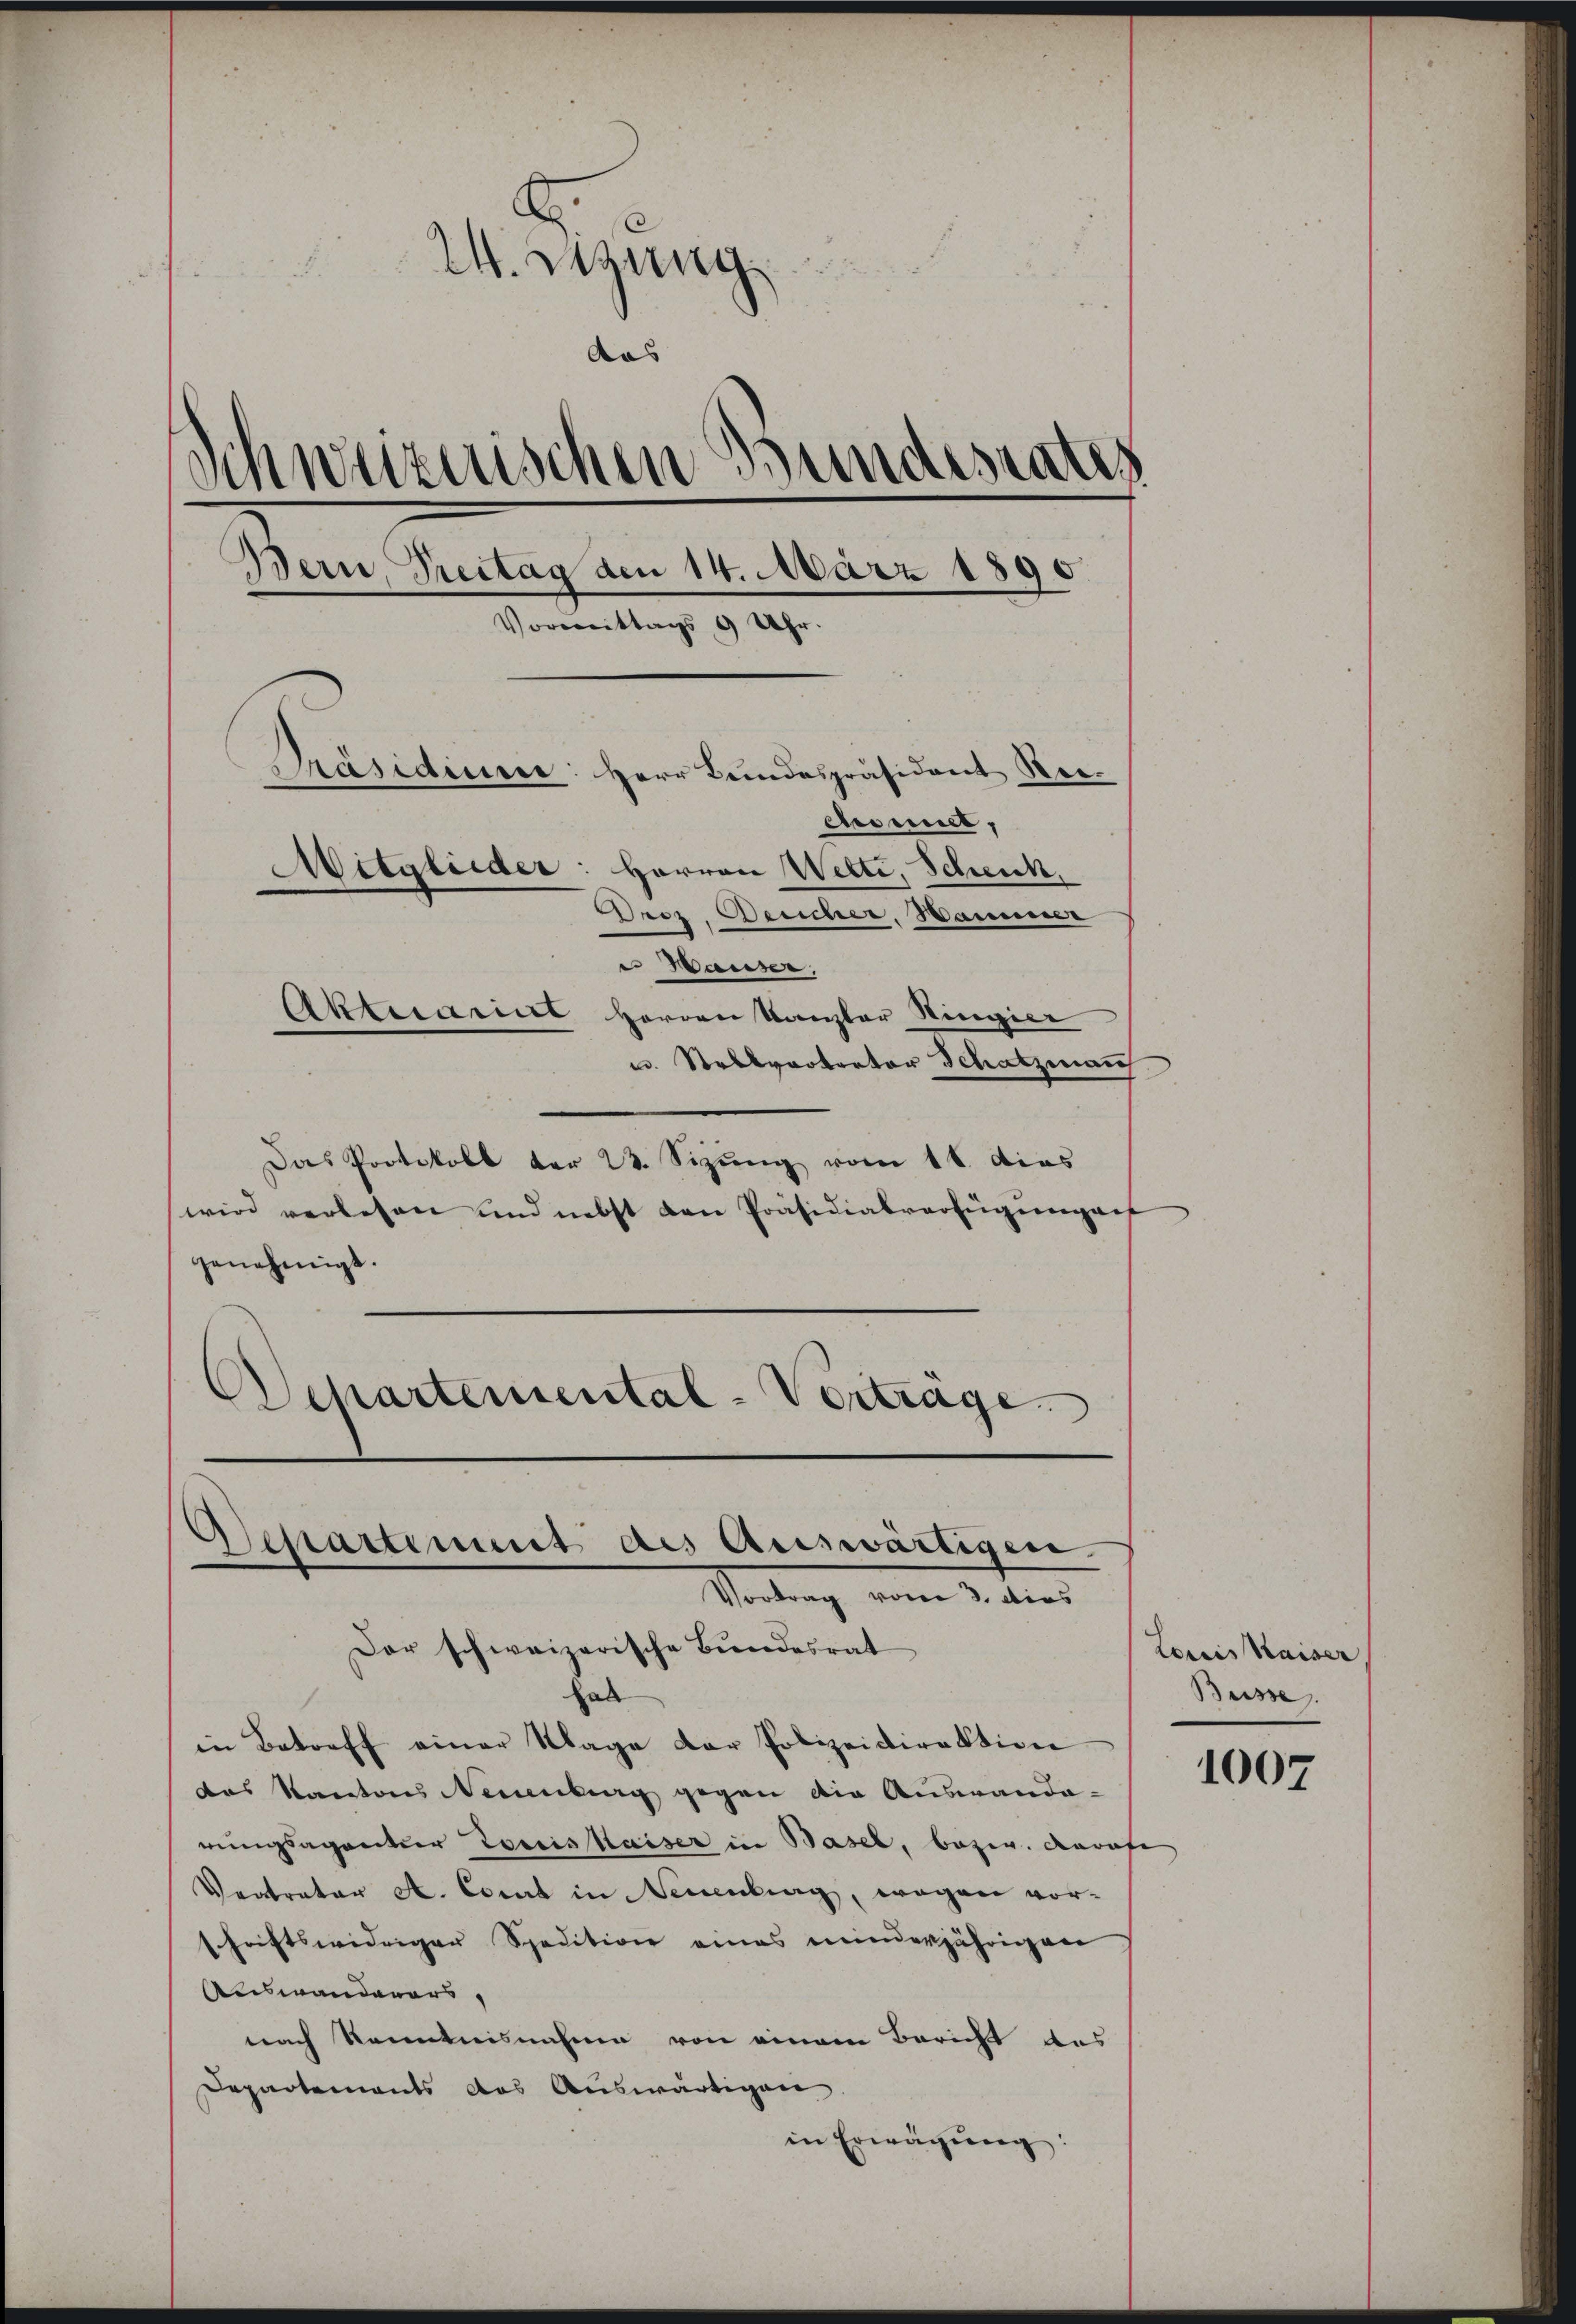
W. Szung
aas
Schweizerischen Bundesrates
Bern, Prettag den 14. März 1890
Vormittags 9 Uhr.
Präsidium: Herr Bundespräsident Vercssner,
Mitglieder: Herren Welti, Schenk
roz, Deucher, Hammer
u Hauser,
Aktuarius Herren Kanzler Ringier
u. Stellvertrator Schatzman

Das Protokoll der 23. Sizung vom 11. dies
wird verlesen und nebst den Präsidialverfügungens
genehmigt.
Departemental-Vertrage

Desartement des Auswärtigen.
Vortrag vom 3. dies
Der schweizerische Bundesrat

hab
in Betreff einer Klage der Polizeidirektion
das Kantons Neuenburg gegen die Auswanda-
rungsagentier Tornis kaiser in Basel, bezw. darafe
Veatrator A. Comt in Neuenburg, wegen vor-
schriftswidriger Spedition eines minderjährigen
Auswanderers,
nach Kenntnisnahme von einem Bericht des
Departements das Auswärtigen.
in Erwägung:

Louis Kaiser
Busse

1007